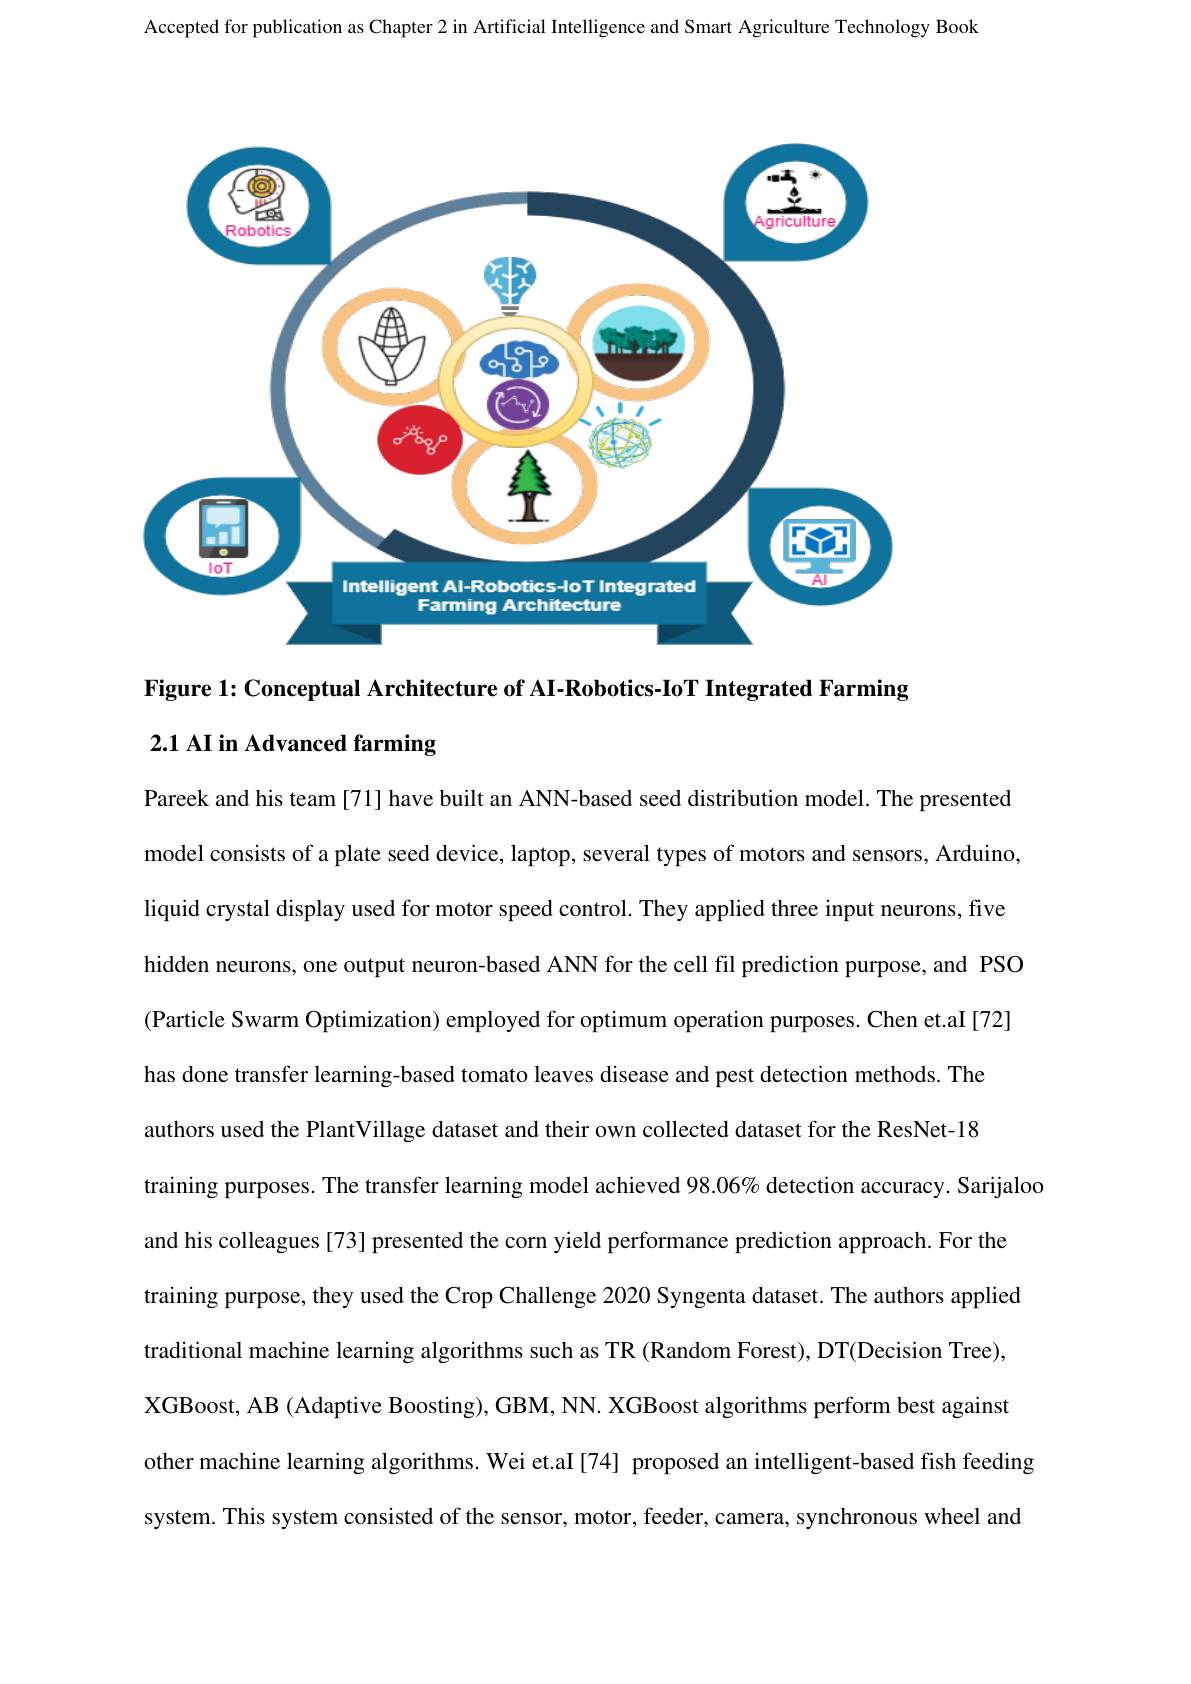
Accepted for publication as Chapter 2 in Artificial Intelligence and Smart Agriculture Technology Book

<FigureHere>

Figure 1: Conceptual Architecture of AI-Robotics-IoT Integrated Farming
2.1 AI in Advanced farming

Pareek and his team [71] have built an ANN-based seed distribution model. The presented model consists of a plate seed device, laptop, several types of motors and sensors, Arduino, liquid crystal display used for motor speed control. They applied three input neurons, five hidden neurons, one output neuron-based ANN for the cell fil prediction purpose, and PSO (Particle Swarm Optimization) employed for optimum operation purposes. Chen et.aI[72] has done transfer learning-based tomato leaves disease and pest detection methods. The authors used the PlantVillage dataset and their own collected dataset for the ResNet-18 training purposes. The transfer learning model achieved 98.06% detection accuracy. Sarijaloo
and his colleagues [73] presented the corn yield performance prediction approach. For the training purpose, they used the Crop Challenge 2020 Syngenta dataset. The authors applied traditional machine learning algorithms such as TR (Random Forest), DT(Decision Tree), XGBoost, AB (Adaptive Boosting), GBM, NN. XGBoost algorithms perform best against other machine learning algorithms. Wei et.aI [74] proposed an intelligent-based fish feeding
system. This system consisted of the sensor, motor, feeder, camera, synchronous wheel and